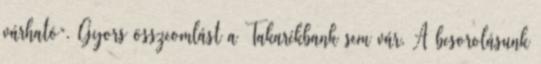
várható”. Gyors összeomlást a Takarékbank sem vár. A besorolásunk